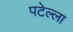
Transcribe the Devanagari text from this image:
पटेल्ला